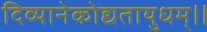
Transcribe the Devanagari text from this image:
दिव्यानेकोद्यतायुधम्‌।।